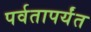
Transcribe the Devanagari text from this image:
पर्वतापर्यंत